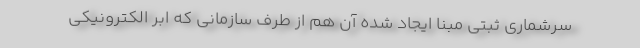
سرشماری ثبتی مبنا ایجاد شده آن هم از طرف سازمانی که ابر الکترونیکی